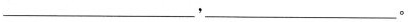
___，___。